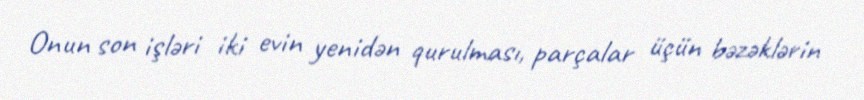
Onun son işləri iki evin yenidən qurulması, parçalar üçün bəzəklərin